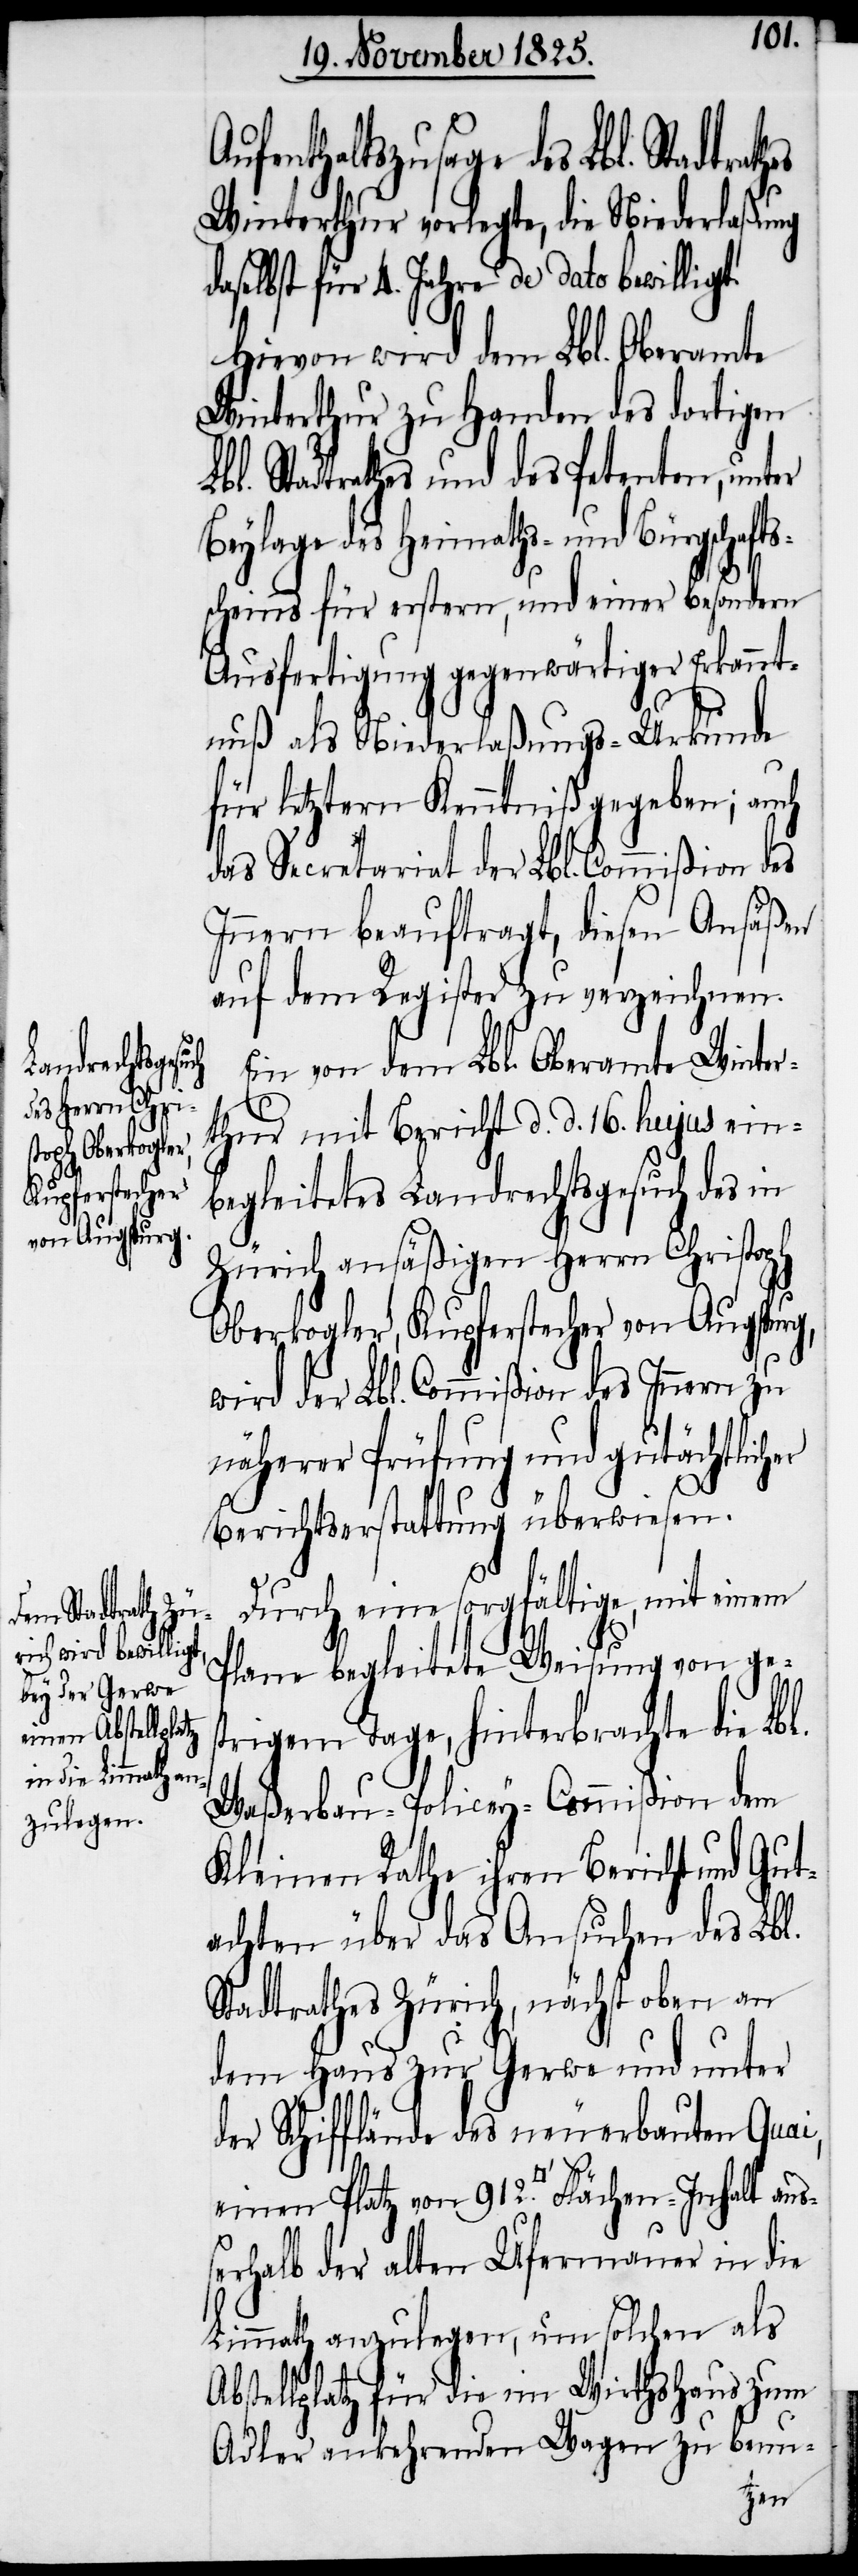
adtrathes
einen Platz

ufenthaltszusage des Lbl. St¬
Winterthur vorlegte, die Niederlaßung
daselbst für 4. Jahre de dato bewiligt.
Hievon wird dem Lbl. Oberamte
Winterthur zu Handen des dortigen
bl. Stadtrathes und des Petenten, unter
Beylage des Heimaths- und Bürgschafts¬
scheins für erstern, und einer besondern
Ausfertigung gegenwärtiger Erkannt¬
nuß als Niederlaßungs-Urkunde
für letztern Kenntniß gegeben; auch
das Secretariat der Lbl. Commißion des
Innern beauftragt, diesen Ansäßen
auf dem Register zu verzeichnen.
Ein von dem Lbl. Oberamte Winter¬
thur mit Bericht d. d. 16. hujus ein¬
begleitetes Landrechtsgesuch des in
Zürich ansäßigen Herrn Christoph
Oberkogler, Kupferstecher von Augspurg,
wird der Lbl. Commißion des Innern zu
näherer Prüfung und gutächtlicher
912.
Ab¬
Berichtserstattung überwiesen.
Durch eine sorgfältige, mit einem
Plane begleitete Weisung von ges¬
trigem Tage, hinterbrachte die Lbl.
Waßerbau-Policey-Commißion dem
Kleinen Rathe ihren Bericht und Gut¬
achten über das Ansuchen des Lbl.
Stadtrathes Zürich, nächst oben an
dem Haus zur Gerwe und unter
der Schifflände des neuerbauten Quai,
ßerhalb der alten Ufermauer in die
Limmath anzulegen, um solchen als
stellplatz für die im Wirthshaus zum
Adler ankehrenden Wagen zu benu-